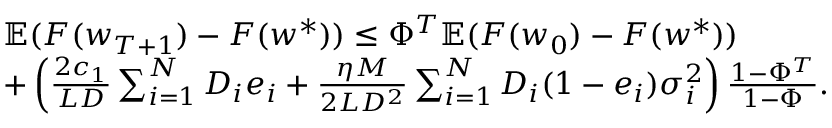
\begin{array} { r l } & { \mathbb { E } ( F ( \boldsymbol { w } _ { T + 1 } ) - F ( \boldsymbol { w } ^ { * } ) ) \le \Phi ^ { T } \mathbb { E } ( F ( \boldsymbol { w } _ { 0 } ) - F ( \boldsymbol { w } ^ { * } ) ) } \\ & { + \left( \frac { 2 c _ { 1 } } { L D } \sum _ { i = 1 } ^ { N } D _ { i } e _ { i } + \frac { \eta M } { 2 L D ^ { 2 } } \sum _ { i = 1 } ^ { N } D _ { i } ( 1 - e _ { i } ) \sigma _ { i } ^ { 2 } \right) \frac { 1 - \Phi ^ { T } } { 1 - \Phi } . } \end{array}